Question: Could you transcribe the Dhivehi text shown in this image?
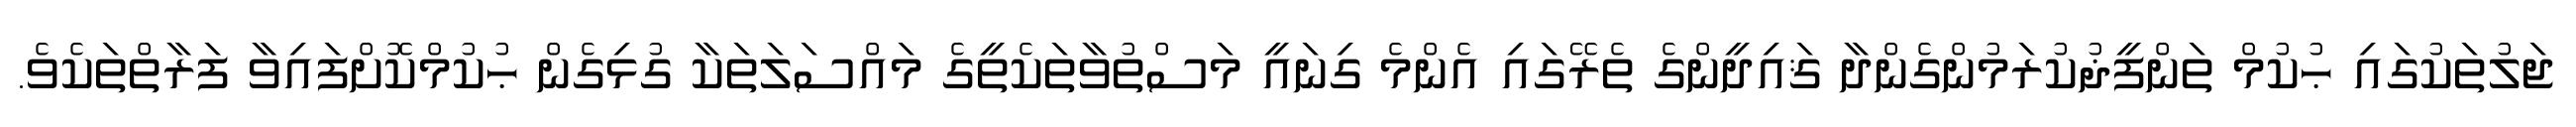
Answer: ޖަލުތަކުގައި ޙުކުމް ތަންފީޛުކުރަމުންގެންދާ ޤައިދީންގެ ތެރޭގައި އެންމެ ގިނައީ މަސްތުވާތަކެތީގެ މައްސަލަތަކާ ގުޅިގެން ޙުކުމްކޮށްފައިވާ ފަރާތްތަކެވެ.